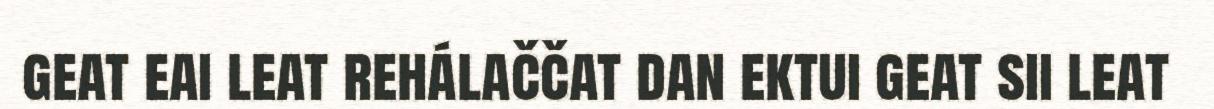
geat eai leat rehálaččat dan ektui geat sii leat